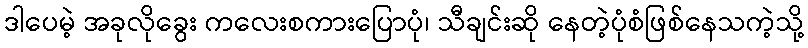
ဒါပေမဲ့ အခုလိုခွေး ကလေးစကားပြောပုံ၊ သီချင်းဆို နေတဲ့ပုံစံဖြစ်နေသကဲ့သို့